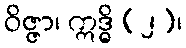
ဝိဇ္ဇာ၊ ဣဒ္ဓိ (၂)၊